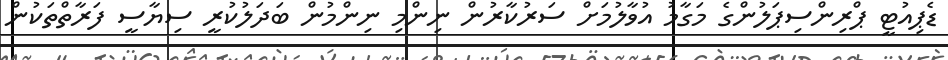
ޑެޕިއުޓީ ޕްރިންސިޕަލުންގެ މަގާމު އުވާލުމަށް ސަރުކާރުން ނިންމި ނިންމުން ބަދަލުކުރީ ސިޔާސީ ފަރާތްތަކުން